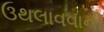
ઉથલાવવાની